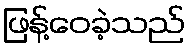
ဖြန့်ဝေခဲ့သည်